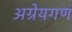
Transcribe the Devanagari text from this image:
अग्रेयगण